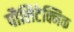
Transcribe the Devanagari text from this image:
पौलिटेक्निक